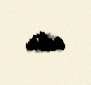
edir.